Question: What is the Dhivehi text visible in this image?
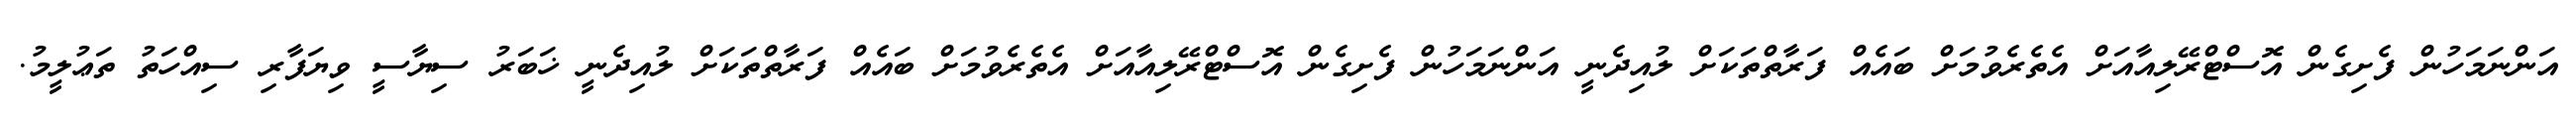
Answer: އަންނަމަހުން ފެށިގެން އޮސްޓްރޭލިއާއަށް އެތެރެވުމަށް ބައެއް ފަރާތްތަކަށް ލުއިދެނީ އަންނަމަހުން ފެށިގެން އޮސްޓްރޭލިއާއަށް އެތެރެވުމަށް ބައެއް ފަރާތްތަކަށް ލުއިދެނީ ޚަބަރު ސިޔާސީ ވިޔަފާރި ސިއްހަތު ތަޢުލީމު.